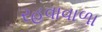
રહવાવાળા